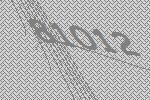
81012